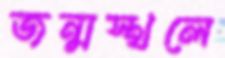
জন্মস্থলে